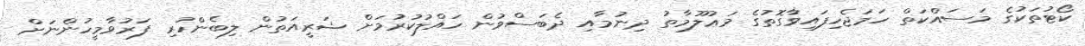
ކޯޓުތަކުގެ މަސައްކަތް ހަމަޖެހިފައިވާގޮތުގެ މަޢުލޫމާތު ދިނުމާއި ދެބަސްވުން ހައްލުކުރުމަށް ޝަރީއަތުން ލިބެންހުރި ފަރުވާމީހުންނަށް